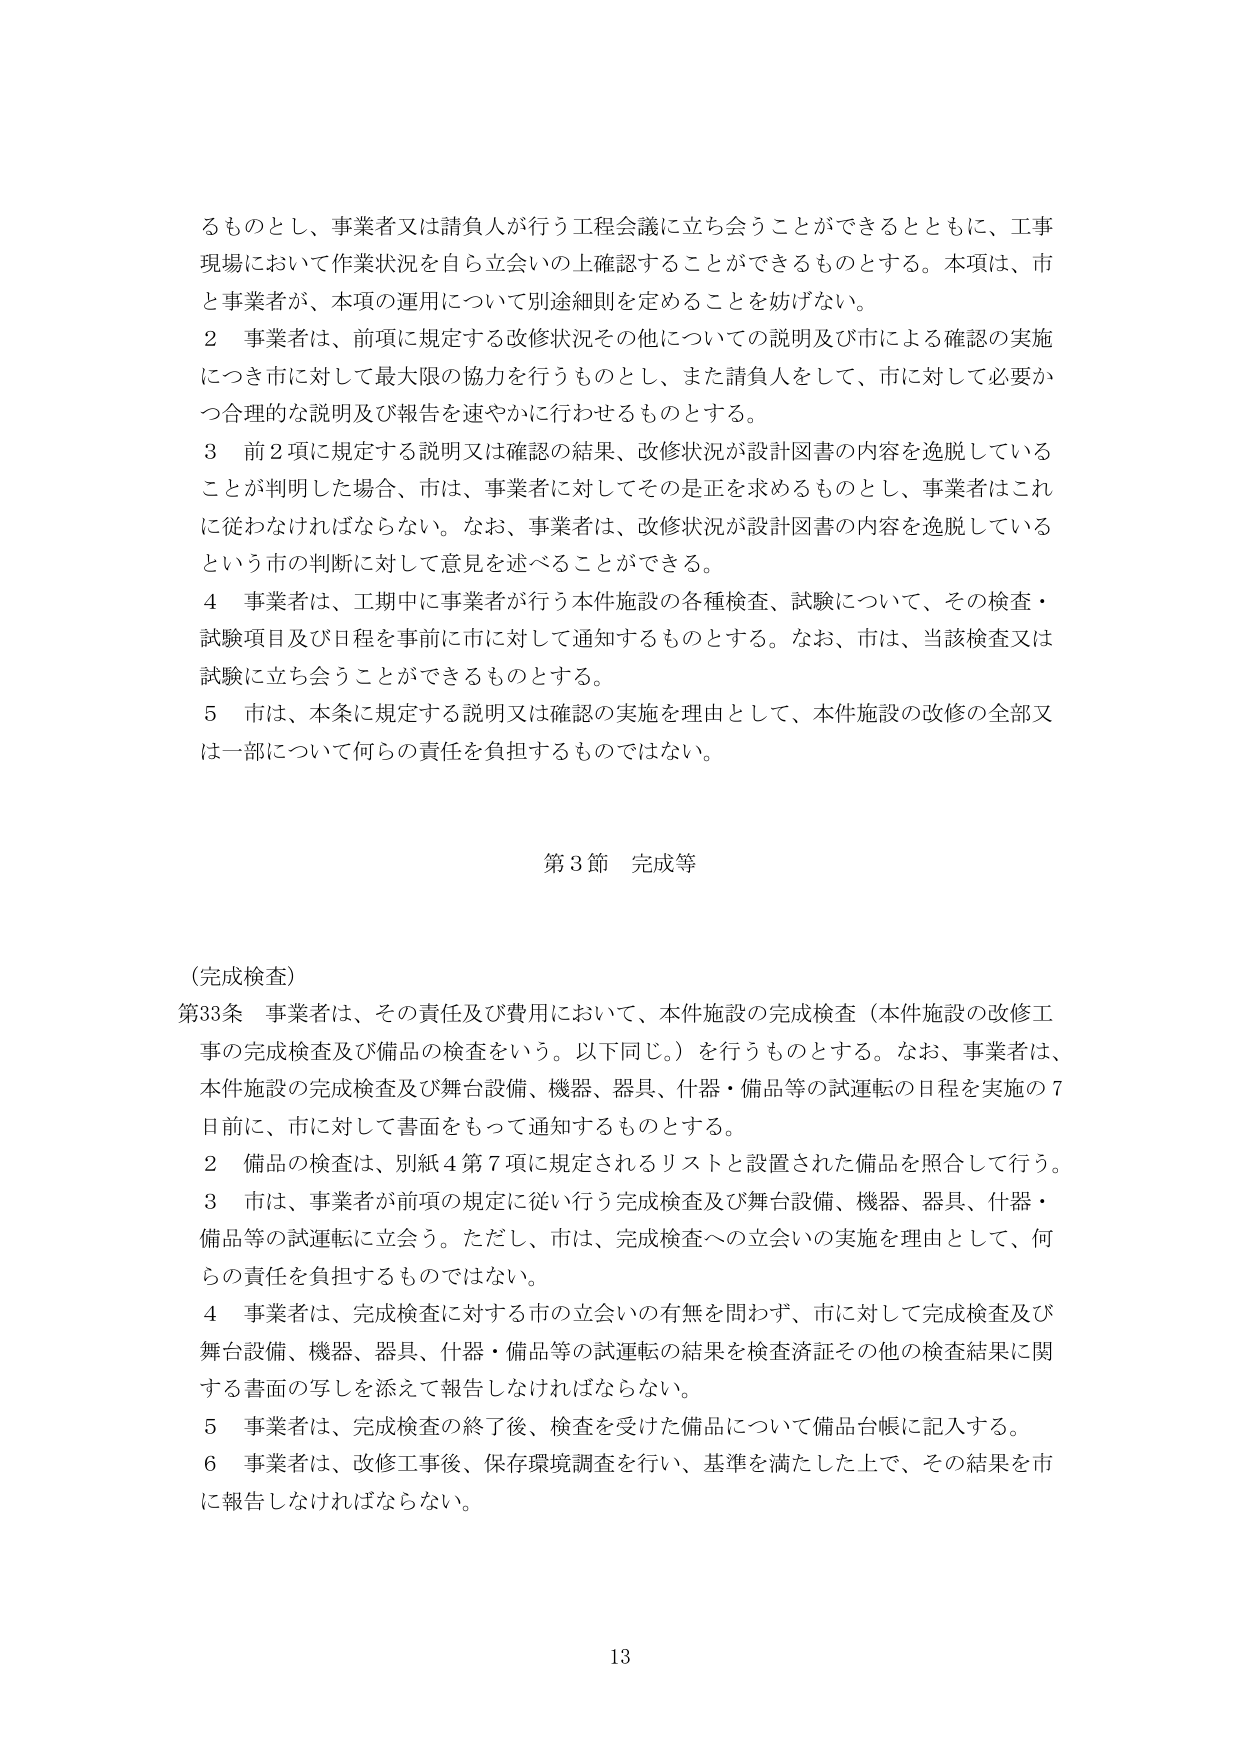
るものとし、事業者又は請負人が行う工程会議に立ち会うことができるとともに、工事現場において作業状況を自ら立会いの上確認することができるものとする。本項は、市と事業者が、本項の運用について別途細則を定めることを妨げない。

２ 事業者は、前項に規定する改修状況その他についての説明及び市による確認の実施につき市に対して最大限の協力を行うものとし、また請負人をして、市に対して必要かつ合理的な説明及び報告を速やかに行わせるものとする。

３ 前２項に規定する説明又は確認の結果、改修状況が設計図書の内容を逸脱していることが判明した場合、市は、事業者に対してその是正を求めるものとし、事業者はこれに従わなければならない。なお、事業者は、改修状況が設計図書の内容を逸脱しているという市の判断に対して意見を述べることができる。

４ 事業者は、工期中に事業者が行う本件施設の各種検査、試験について、その検査・試験項目及び日程を事前に市に対して通知するものとする。なお、市は、当該検査又は試験に立ち会うことができるものとする。

５ 市は、本条に規定する説明又は確認の実施を理由として、本件施設の改修の全部又は一部について何らの責任を負担するものではない。

第３節 完成等

（完成検査）

第33条 事業者は、その責任及び費用において、本件施設の完成検査（本件施設の改修工事の完成検査及び備品の検査をいう。以下同じ。）を行うものとする。なお、事業者は、本件施設の完成検査及び舞台設備、機器、器具、什器・備品等の試運転の日程を実施の７日前に、市に対して書面をもって通知するものとする。

２ 備品の検査は、別紙４第７項に規定されるリストと設置された備品を照合して行う。

３ 市は、事業者が前項の規定に従い行う完成検査及び舞台設備、機器、器具、什器・備品等の試運転に立会う。ただし、市は、完成検査への立会いの実施を理由として、何らの責任を負担するものではない。

４ 事業者は、完成検査に対する市の立会いの有無を問わず、市に対して完成検査及び舞台設備、機器、器具、什器・備品等の試運転の結果を検査済証その他の検査結果に関する書面の写しを添えて報告しなければならない。

５ 事業者は、完成検査の終了後、検査を受けた備品について備品台帳に記入する。

６ 事業者は、改修工事後、保存環境調査を行い、基準を満たした上で、その結果を市に報告しなければならない。

13